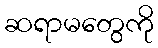
ဆရာမတွေကို